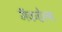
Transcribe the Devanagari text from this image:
मॅकहेल्स